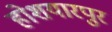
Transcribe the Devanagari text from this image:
होशयारपुर